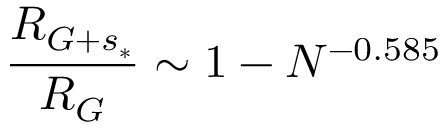
\frac { { R } _ { G + s _ { * } } } { R _ { G } } \sim 1 - N ^ { - 0 . 5 8 5 }